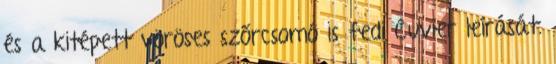
és a kitépett vöröses szőrcsomó is fedi Cuvier leírását.